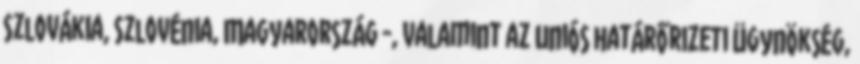
Szlovákia, Szlovénia, Magyarország -, valamint az uniós határőrizeti ügynökség,